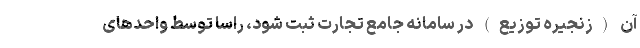
آن (زنجیره توزیع) در سامانه جامع تجارت ثبت شود، راساً توسط واحدهای